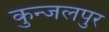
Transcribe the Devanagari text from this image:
कुन्जलपुर